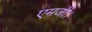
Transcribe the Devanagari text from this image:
एमजी।